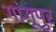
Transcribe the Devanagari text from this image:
गांगूपुर